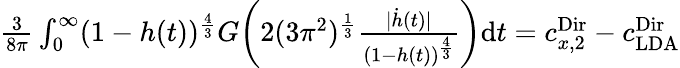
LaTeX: \begin{array}{r}{\frac{3}{8\pi}\int_{0}^{\infty}(1-h(t))^{\frac{4}{3}}G\biggr(2(3\pi^{2})^{\frac{1}{3}}\frac{|\dot{h}(t)|}{(1-h(t))^{\frac{4}{3}}}\biggr)\mathrm{d}t=c_{x,2}^{\textnormal{Dir}}-c_{\mathrm{LDA}}^{\textnormal{Dir}}}\end{array}